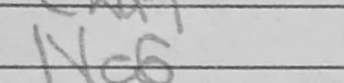
Transcription: Nc6